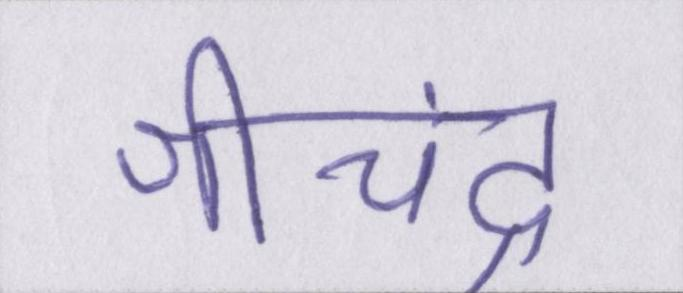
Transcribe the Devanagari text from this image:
श्रीचंद्र